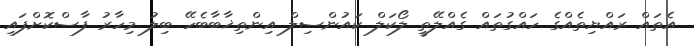
އެތައް ރައްޔިތެއްގެ ހައްގުތައް ގެއްލޭތީ ލޯކަލް ކައުންސިލް އިންތިޚާބާބެހޭ ބިލު މިހާރު ފާސްކޮށްފައި